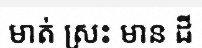
មាត់ ស្រះ មាន ដី